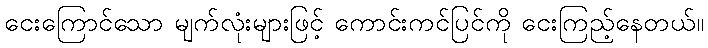
ငေးကြောင်သော မျက်လုံးများဖြင့် ကောင်းကင်ပြင်ကို ငေးကြည့်နေတယ်။